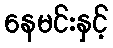
နေမင်းနှင့်